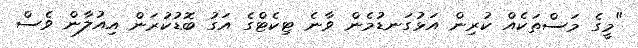
"މީގެ މަސްތަކެއް ކުރިން އަޅުގަނޑުމެން ވާނެ ޓިކެޓްގެ އަގު ބޮޑުކުރަން އިއުލާން ވެސް